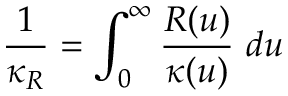
\frac { 1 } { \kappa _ { R } } = \int _ { 0 } ^ { \infty } \frac { R ( u ) } { \kappa ( u ) } ~ d u